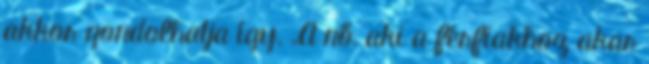
akkor gondolhatja így. „A nő, aki a férfiakhoz akar